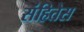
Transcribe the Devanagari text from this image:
संहितेस